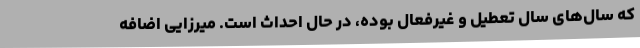
که سال‌های سال تعطیل و غیرفعال بوده، در حال احداث است. میرزایی اضافه